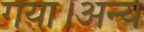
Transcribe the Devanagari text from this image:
गया।अन्य